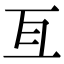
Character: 亙